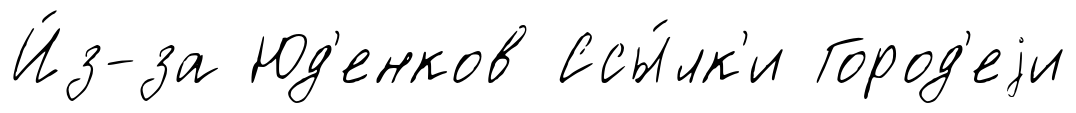
И́з-за Юд'енков Ссы́лк'и Город'еjи